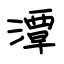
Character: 潭